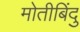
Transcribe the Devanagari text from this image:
मोतीबिंदु